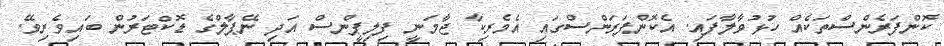
ކޮންފަރެންސްތަކެއް ހުޅުވާލާފައި. އެކޮންފަރަންސްގައި އެމެރިކާ ޖާމަނީ ފިލިޕީންސް އަދި ނޭޕާލްގެ ޑޮކްޓަރުން ބައިވެރިވޭ.